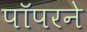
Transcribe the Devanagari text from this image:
पॉपरने